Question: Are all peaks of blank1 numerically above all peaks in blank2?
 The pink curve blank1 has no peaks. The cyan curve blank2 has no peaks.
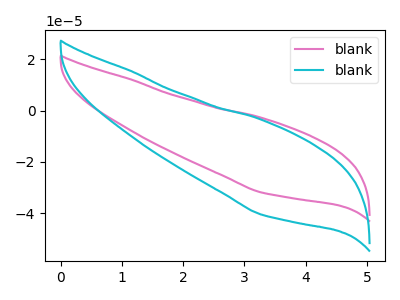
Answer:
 <answer>Niether CV has any peaks.</answer>
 <eval>blanks</eval>